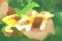
প্লা